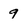
Character: 9